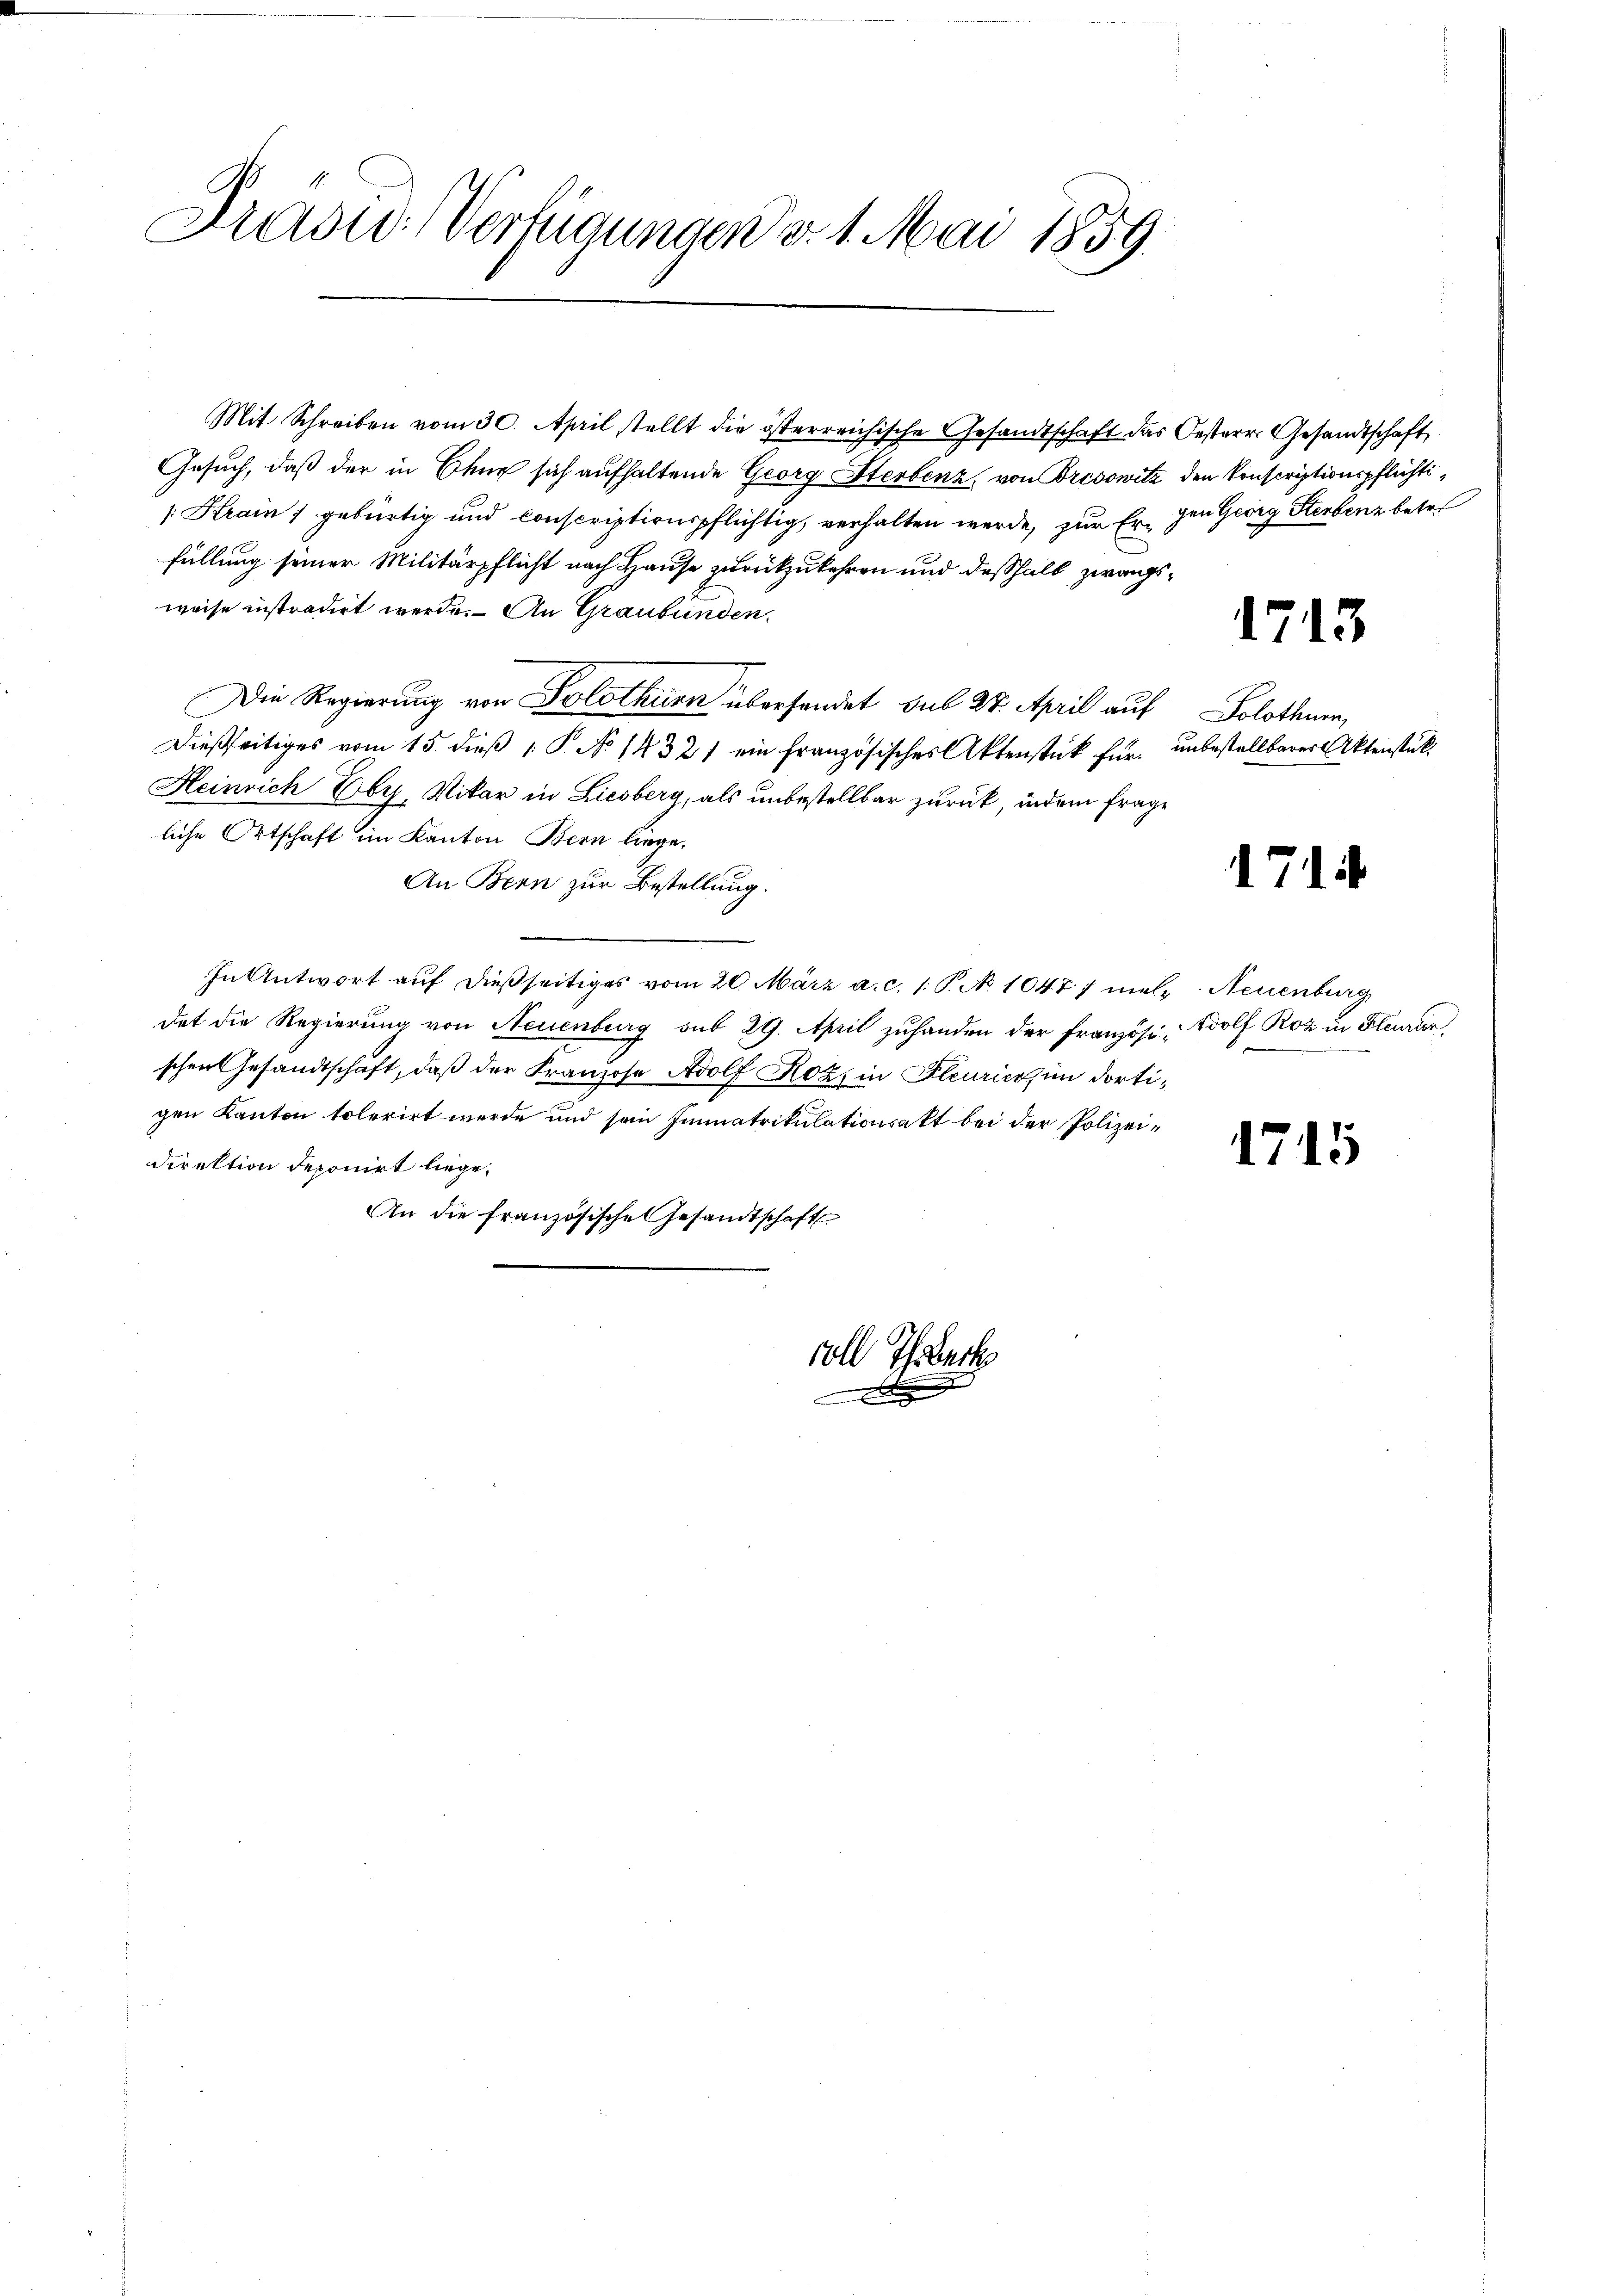
Dradu Verfügungen d. 1. Mai 1859

Mit Schreiben vom 30. April stellt die österreichische Gesandtschaft das Oesterr. Gesandtschaft,
Gesuch, daß der in Chur sich aufhaltende Georg Sterbenz, von Bresowitz den Konscriptionspflichti¬
[Krain gebürtig und conscriptionspflichtig, verhalten werde, zur Er- den Georg Sterbenz betr.
füllung seiner Militärpflicht nach Hause zurückzukehren und deßhalb zwangsweise instradirt werde. An Graubünden.
Die Regierung von Solothurn übersendet sub 27. April auf
Dießseitiges vom 15. dieß 1 S. No 1432) ein französisches Aktenstück für unbestellbarer Aktenstück.
Heinrich Eby, Vikar in Liesberg, als unbestellbar zurück, indem Frage
liche Ortschaft im Kanton Bern liege.
An Bern zur Bestellung.
In Antwort auf dießseitiges vom 20. März a. c. 1 S. No. 1047 7 mehr Neuenburg
dat die Regierung von Neuenburg sub 29. April zŭhanden der französi- Wolf Roz in Feurer,
schen Gesandtschaft, daß der Franzose Adolf Rozi in Fleurice, im dortigen Kanton tolerirt werde und sein Immatrikulationsakt bei der Polizeidirektion deponirt liege.
An die Französische Gesandtschaft

voll Thrbeck

e

)

1713

Solothurn,

1714

1715